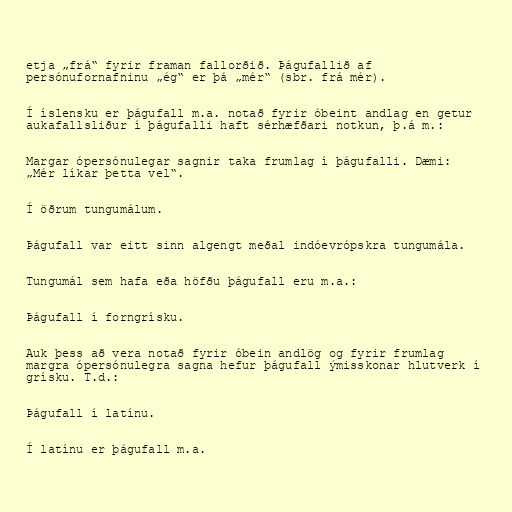
etja „frá“ fyrir framan fallorðið. Þágufallið af
persónufornafninu „ég“ er þá „mér“ (sbr. frá mér).

Í íslensku er þágufall m.a. notað fyrir óbeint andlag en getur
aukafallsliður í þágufalli haft sérhæfðari notkun, þ.á m.:

Margar ópersónulegar sagnir taka frumlag í þágufalli. Dæmi:
„Mér líkar þetta vel“.

Í öðrum tungumálum.

Þágufall var eitt sinn algengt meðal indóevrópskra tungumála.

Tungumál sem hafa eða höfðu þágufall eru m.a.:

Þágufall í forngrísku.

Auk þess að vera notað fyrir óbein andlög og fyrir frumlag
margra ópersónulegra sagna hefur þágufall ýmisskonar hlutverk í
grísku. T.d.:

Þágufall í latínu.

Í latínu er þágufall m.a.